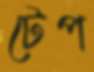
টেপ